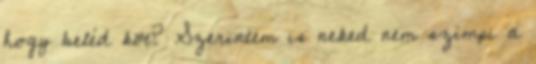
hogy beléd köt? Szerintem is neked nem szimpi a